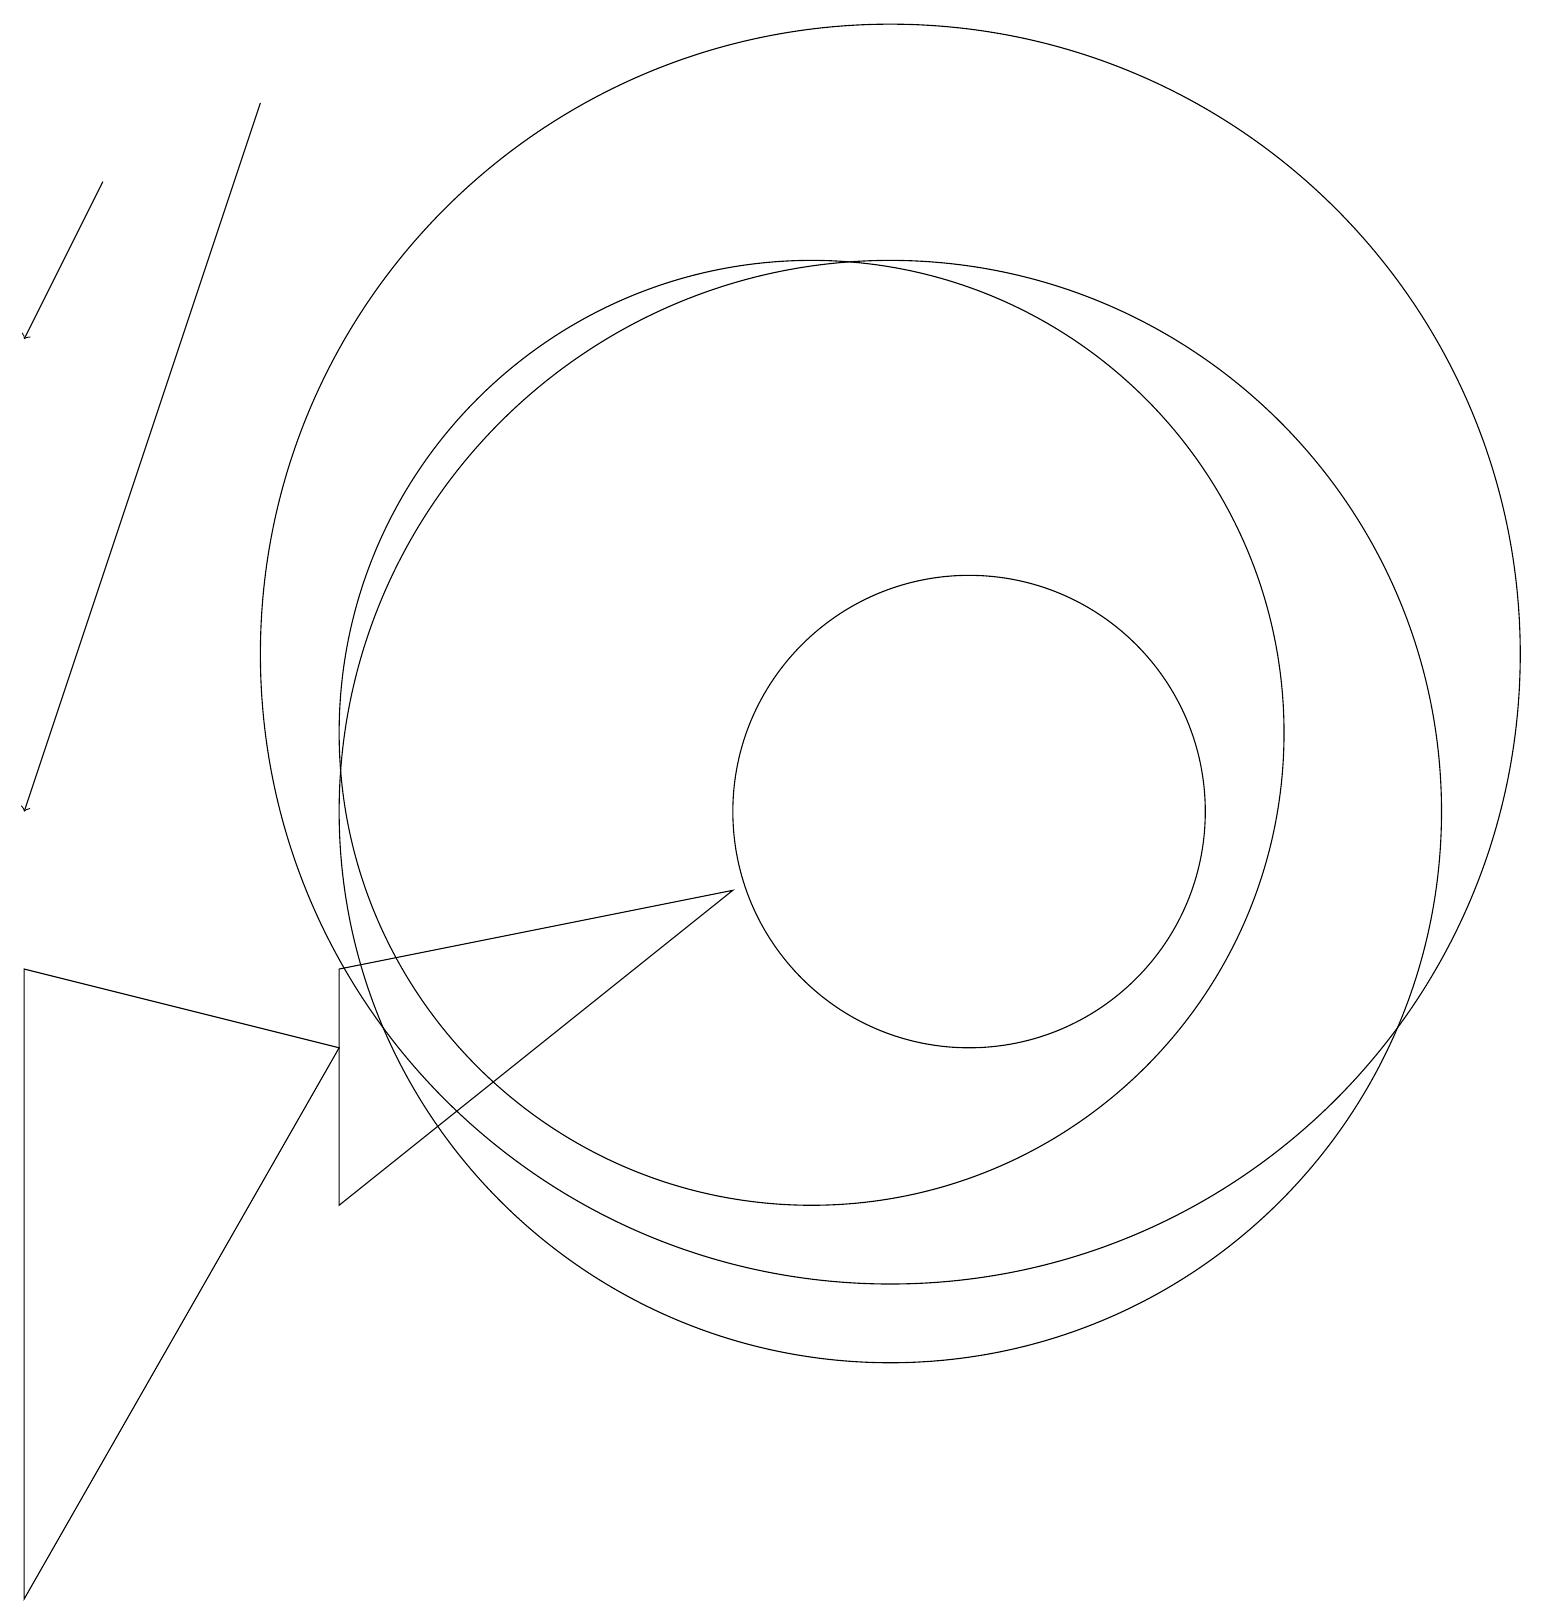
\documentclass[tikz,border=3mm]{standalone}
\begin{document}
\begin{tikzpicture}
\draw[->] (3,19) -- (0,10);
\draw (4,8) -- (9,9) -- (4,5) -- cycle;
\draw[->] (1,18) -- (0,16);
\draw (10,11) circle (6);
\draw (11,12) circle (8);
\draw (11,10) circle (7);
\draw (12,10) circle (3);
\draw (0,8) -- (4,7) -- (0,0) -- cycle;
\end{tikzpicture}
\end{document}